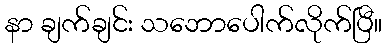
နာ ချက်ချင်း သဘောပေါက်လိုက်ပြီ။